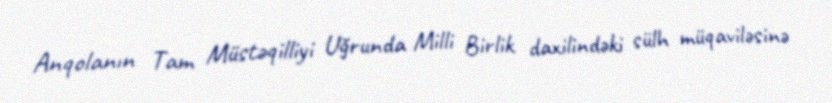
Anqolanın Tam Müstəqilliyi Uğrunda Milli Birlik daxilindəki sülh müqaviləsinə